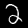
Label: 2